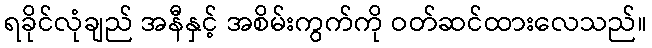
ရခိုင်လုံချည် အနီနှင့် အစိမ်းကွက်ကို ဝတ်ဆင်ထားလေသည်။